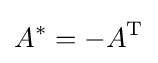
A^{*}=-A^{\text{T}}